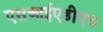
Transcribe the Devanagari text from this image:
एसआईएडीएच